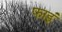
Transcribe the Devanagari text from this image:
फाइं